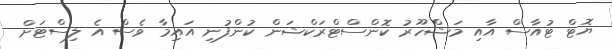
ޔޮޓް ޓުއާސް އާއި މަޝްހޫރު ކޮންސްޓްރަކްޝަން ކުންފުނި އައިމާ ވެސް އެ ލިސްޓަށް